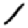
Digit: 1